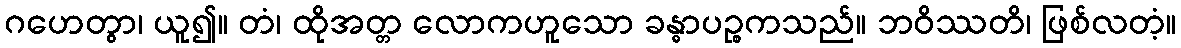
ဂဟေတွာ၊ ယူ၍။ တံ၊ ထိုအတ္တ လောကဟူသော ခန္ဓာပဉ္စကသည်။ ဘဝိဿတိ၊ ဖြစ်လတံ့။